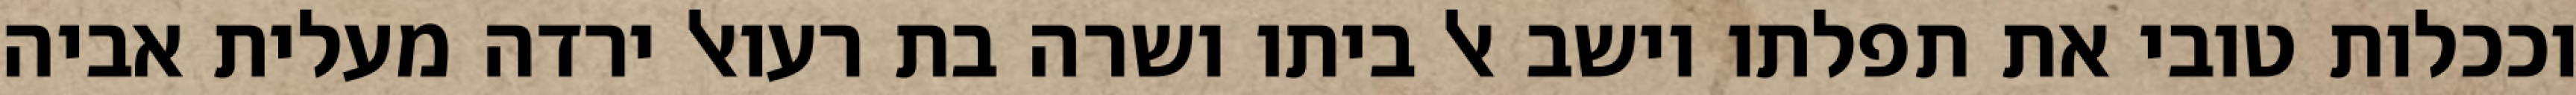
וככלות טובי את תפלתו וישב אל ביתו ושרה בת רעואל ירדה מעלית אביה